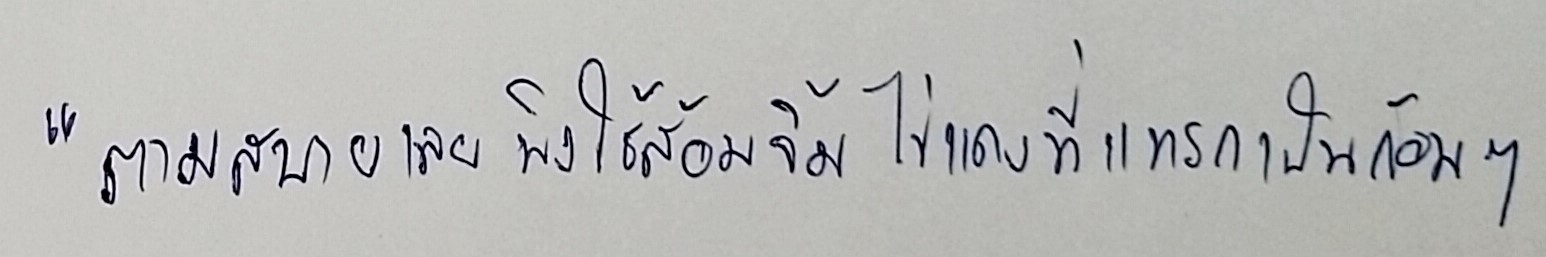
"ตามสบายเลยพิงใช้ส้อมจิ้มไข่แดงที่แทรกเป็นก้อนๆ